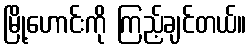
မြို့ဟောင်းကို ကြည့်ချင်တယ်။